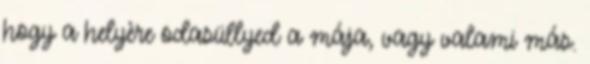
hogy a helyère odasüllyed a mája, vagy valami más.